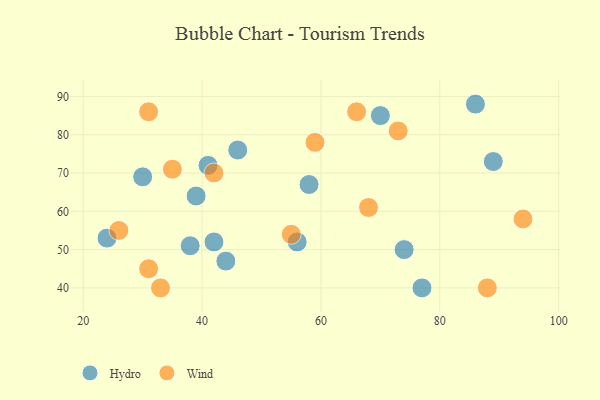
{"axis": {"x": "GDP", "y": "Life Expectancy"}, "legend": ["Hydro", "Wind"], "data": [{"x": "56", "y": 52, "type": "Hydro"}, {"x": "46", "y": 76, "type": "Hydro"}, {"x": "42", "y": 52, "type": "Hydro"}, {"x": "89", "y": 73, "type": "Hydro"}, {"x": "74", "y": 50, "type": "Hydro"}, {"x": "58", "y": 67, "type": "Hydro"}, {"x": "44", "y": 47, "type": "Hydro"}, {"x": "86", "y": 88, "type": "Hydro"}, {"x": "77", "y": 40, "type": "Hydro"}, {"x": "41", "y": 72, "type": "Hydro"}, {"x": "24", "y": 53, "type": "Hydro"}, {"x": "30", "y": 69, "type": "Hydro"}, {"x": "70", "y": 85, "type": "Hydro"}, {"x": "39", "y": 64, "type": "Hydro"}, {"x": "38", "y": 51, "type": "Hydro"}, {"x": "94", "y": 58, "type": "Wind"}, {"x": "59", "y": 78, "type": "Wind"}, {"x": "55", "y": 54, "type": "Wind"}, {"x": "88", "y": 40, "type": "Wind"}, {"x": "73", "y": 81, "type": "Wind"}, {"x": "31", "y": 45, "type": "Wind"}, {"x": "68", "y": 61, "type": "Wind"}, {"x": "42", "y": 70, "type": "Wind"}, {"x": "26", "y": 55, "type": "Wind"}, {"x": "66", "y": 86, "type": "Wind"}, {"x": "33", "y": 40, "type": "Wind"}, {"x": "31", "y": 86, "type": "Wind"}, {"x": "35", "y": 71, "type": "Wind"}]}